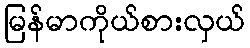
မြန်မာကိုယ်စားလှယ်